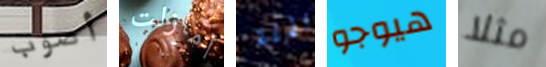
أصوب أمازلت القلة هيوجو مثلا